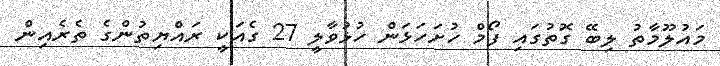
މައުލޫމާތު ލިބޭ ގޮތުގައި ފޯމް ހުށަހަޅަން ހުޅުވާލީ 27 ގެއަކީ ރައްޔިތުންގެ ތެރެއިން